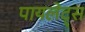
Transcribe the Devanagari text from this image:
पायलेट्स